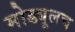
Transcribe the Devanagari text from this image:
मोड्यूलच